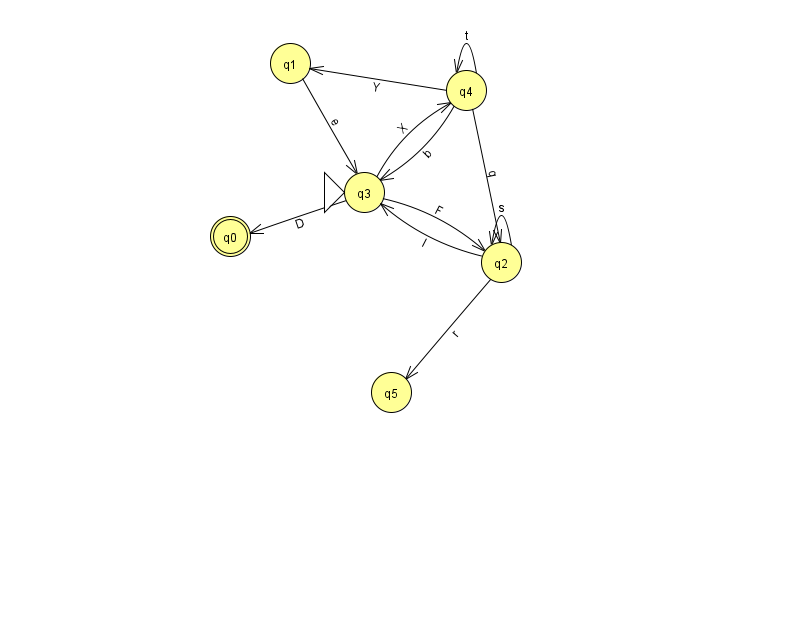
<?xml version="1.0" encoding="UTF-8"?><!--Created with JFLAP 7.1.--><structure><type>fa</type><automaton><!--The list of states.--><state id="0" name="q0"><x>230.0</x><y>223.0</y><final/></state><state id="1" name="q1"><x>290.0</x><y>50.0</y></state><state id="2" name="q2"><x>501.0</x><y>249.0</y></state><state id="3" name="q3"><x>364.0</x><y>179.0</y><initial/></state><state id="4" name="q4"><x>466.0</x><y>77.0</y></state><state id="5" name="q5"><x>391.0</x><y>379.0</y></state><!--The list of transitions.--><transition><from>2</from><to>3</to><read>I</read></transition><transition><from>4</from><to>1</to><read>Y</read></transition><transition><from>4</from><to>3</to><read>b</read></transition><transition><from>2</from><to>2</to><read>s</read></transition><transition><from>4</from><to>4</to><read>t</read></transition><transition><from>3</from><to>4</to><read>X</read></transition><transition><from>4</from><to>2</to><read>q</read></transition><transition><from>2</from><to>5</to><read>r</read></transition><transition><from>1</from><to>3</to><read>e</read></transition><transition><from>3</from><to>0</to><read>D</read></transition><transition><from>3</from><to>2</to><read>F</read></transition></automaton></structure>